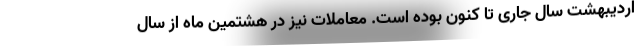
اردیبهشت سال جاری تا کنون بوده است. معاملات نیز در هشتمین ماه از سال